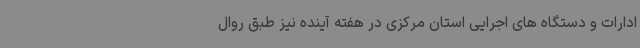
ادارات و دستگاه های اجرایی استان مرکزی در هفته آینده نیز طبق روال